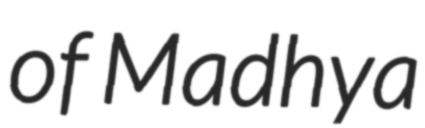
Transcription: of Madhya